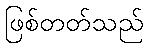
ဖြစ်တတ်သည်